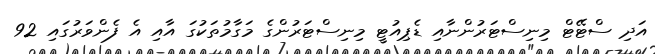
އަދި ސްޓޭޓް މިނިސްޓަރުންނާއި ޑެޕިއުޓީ މިނިސްޓަރުންގެ މަގާމުތަކުގަ އާއި އެ ފެންވަރުގައި 92